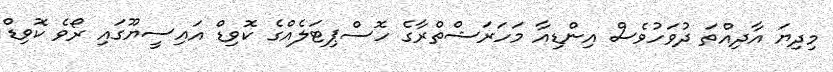
މިދިޔަ އާދިއްތަ ދުވަހުވެސް އިންޑިއާ މަހަރަޝްތްރާގެ ހޮސްޕިޓަލެއްގެ ކޮވިޑް އައިސީޔޫގައި ރޯވެ ކޮވިޑް